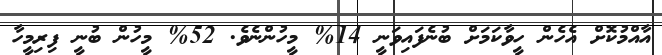
އާއްމުކޮށް އެހެން ހީވާކަމަށް ބުނެފައިވަނީ 14% މީހުންނެވެ. 52% މީހުން ބުނީ ފިރިމީހާ